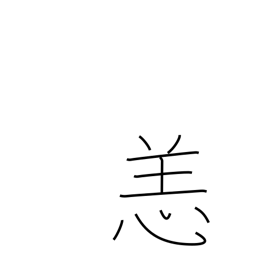
Meaning: illness